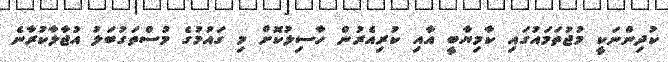
ކުދިންނަކީ މުޖުތަމައުގައި ކާމިޔާބީ އާއި ކުރިއެރުން ހާސިލުކޮށް މި ގައުމުގެ މުސްތަގުބަލު އުޖާލާކުރާނެ